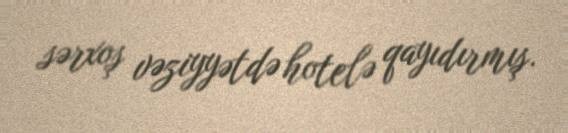
sərxoş vəziyyətdə hotelə qayıdırmış.